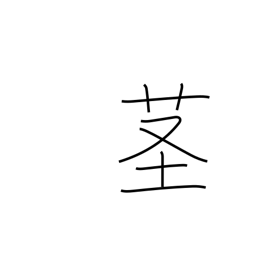
Meaning: stalk